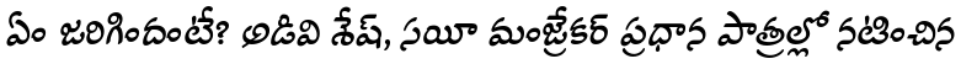
ఏం జరిగిందంటే? అడివి శేష్, సయీ మంజ్రేకర్ ప్రధాన పాత్రల్లో నటించిన